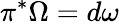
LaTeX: \pi^{*}\Omega=d\omega